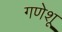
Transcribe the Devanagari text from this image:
गणेशू